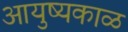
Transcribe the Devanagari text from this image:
आयुष्यकाळ